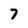
Character: 7